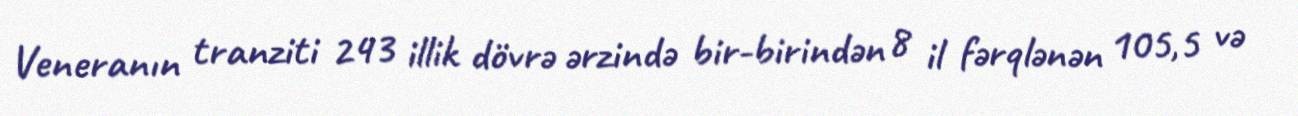
Veneranın tranziti 243 illik dövrə ərzində bir-birindən 8 il fərqlənən 105,5 və